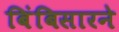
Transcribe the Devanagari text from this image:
बिंबिसारने